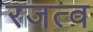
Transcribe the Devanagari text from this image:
रजत्व